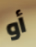
أو